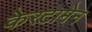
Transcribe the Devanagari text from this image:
केरटामेन